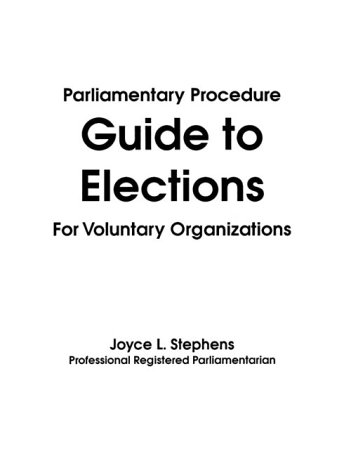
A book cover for Parliamentary Procedure: Guide for Elections; Joyce L. Stephens; Reference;